Malaria in India - Number 2
Disease focus: Malaria
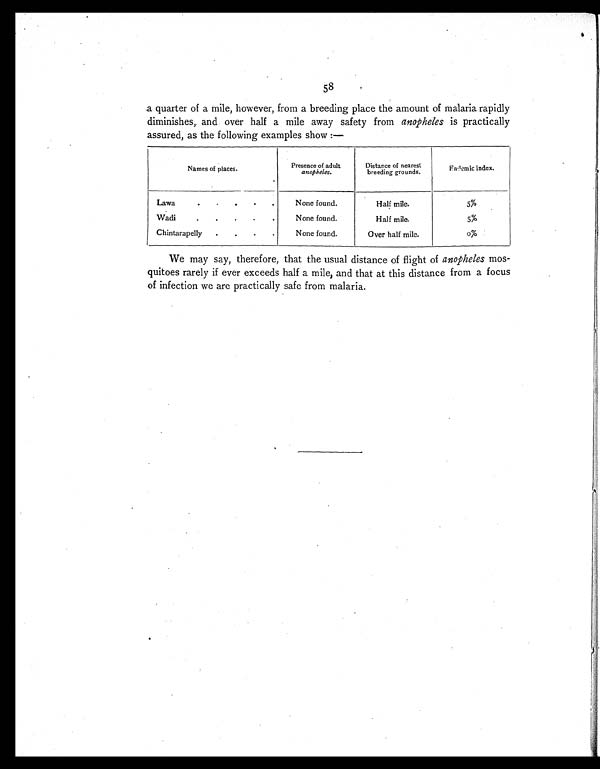
a quarter of a mile, however, from a breeding place the amount of malaria rapidly
diminishes, and over half a mile away safety from anopheles is practically
assured as the following examples show:-
Names of places.
Presence of adult
anopheles.
Distance of nearest
breeding grounds.
Endemic index.
Lawa
None found.
Half mile.
5%
Wadi
None found.
Half mile.
5%
Chintarapelly
None found.
Over half mile.
o%
We may say, therefore, that the usual distance of flight of anopheles mos-
quitoes rarely if ever exceeds half a mile, and that at this distance from a focus
of infection we are practically safe from malaria.